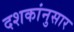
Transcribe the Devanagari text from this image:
दशकांनुसार